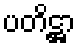
ပတိဋ္ဌာ